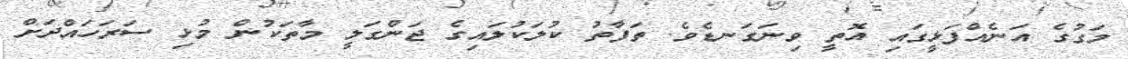
މަގުގެ އަނެއްފަޅީގައި އޮތީ ވިނަގަނޑެވެ. ތަފާތު ކުލަކުލައިގެ ޖަންގަލީ މާތަކުން މުޅި ސަރަހައްދަށް